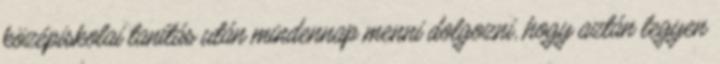
középiskolai tanítás után mindennap menni dolgozni, hogy aztán legyen